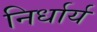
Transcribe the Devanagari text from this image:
निर्धार्य